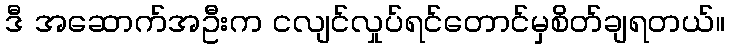
ဒီ အဆောက်အဦးက ငလျင်လှုပ်ရင်တောင်မှစိတ်ချရတယ်။